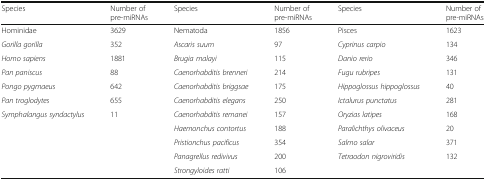
<table><thead><tr><td><b>Species</b></td><td><b>Number of pre-miRNAs</b></td><td><b>Species</b></td><td><b>Number of pre-miRNAs</b></td><td><b>Species</b></td><td><b>Number of pre-miRNAs</b></td></tr></thead><tbody><tr><td>Hominidae</td><td>3629</td><td>Nematoda</td><td>1856</td><td>Pisces</td><td>1623</td></tr><tr><td><i>Gorilla gorilla</i></td><td>352</td><td><i>Ascaris suum</i></td><td>97</td><td><i>Cyprinus carpio</i></td><td>134</td></tr><tr><td><i>Homo sapiens</i></td><td>1881</td><td><i>Brugia malayi</i></td><td>115</td><td><i>Danio rerio</i></td><td>346</td></tr><tr><td><i>Pan paniscus</i></td><td>88</td><td><i>Caenorhabditis brenneri</i></td><td>214</td><td><i>Fugu rubripes</i></td><td>131</td></tr><tr><td><i>Pongo pygmaeus</i></td><td>642</td><td><i>Caenorhabditis briggsae</i></td><td>175</td><td><i>Hippoglossus hippoglossus</i></td><td>40</td></tr><tr><td><i>Pan troglodytes</i></td><td>655</td><td><i>Caenorhabditis elegans</i></td><td>250</td><td><i>Ictalurus punctatus</i></td><td>281</td></tr><tr><td><i>Symphalangus syndactylus</i></td><td>11</td><td><i>Caenorhabditis remanei</i></td><td>157</td><td><i>Oryzias latipes</i></td><td>168</td></tr><tr><td></td><td></td><td><i>Haemonchus contortus</i></td><td>188</td><td><i>Paralichthys olivaceus</i></td><td>20</td></tr><tr><td></td><td></td><td><i>Pristionchus pacificus</i></td><td>354</td><td><i>Salmo salar</i></td><td>371</td></tr><tr><td></td><td></td><td><i>Panagrellus redivivus</i></td><td>200</td><td><i>Tetraodon nigroviridis</i></td><td>132</td></tr><tr><td></td><td></td><td><i>Strongyloides ratti</i></td><td>106</td><td></td><td></td></tr></tbody></table>